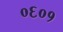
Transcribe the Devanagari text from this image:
०६०१